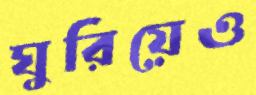
ঘুরিয়েও